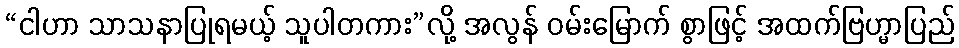
“ငါဟာ သာသနာပြုရမယ့် သူပါတကား”လို့ အလွန် ဝမ်းမြောက် စွာဖြင့် အထက်ဗြဟ္မာပြည်